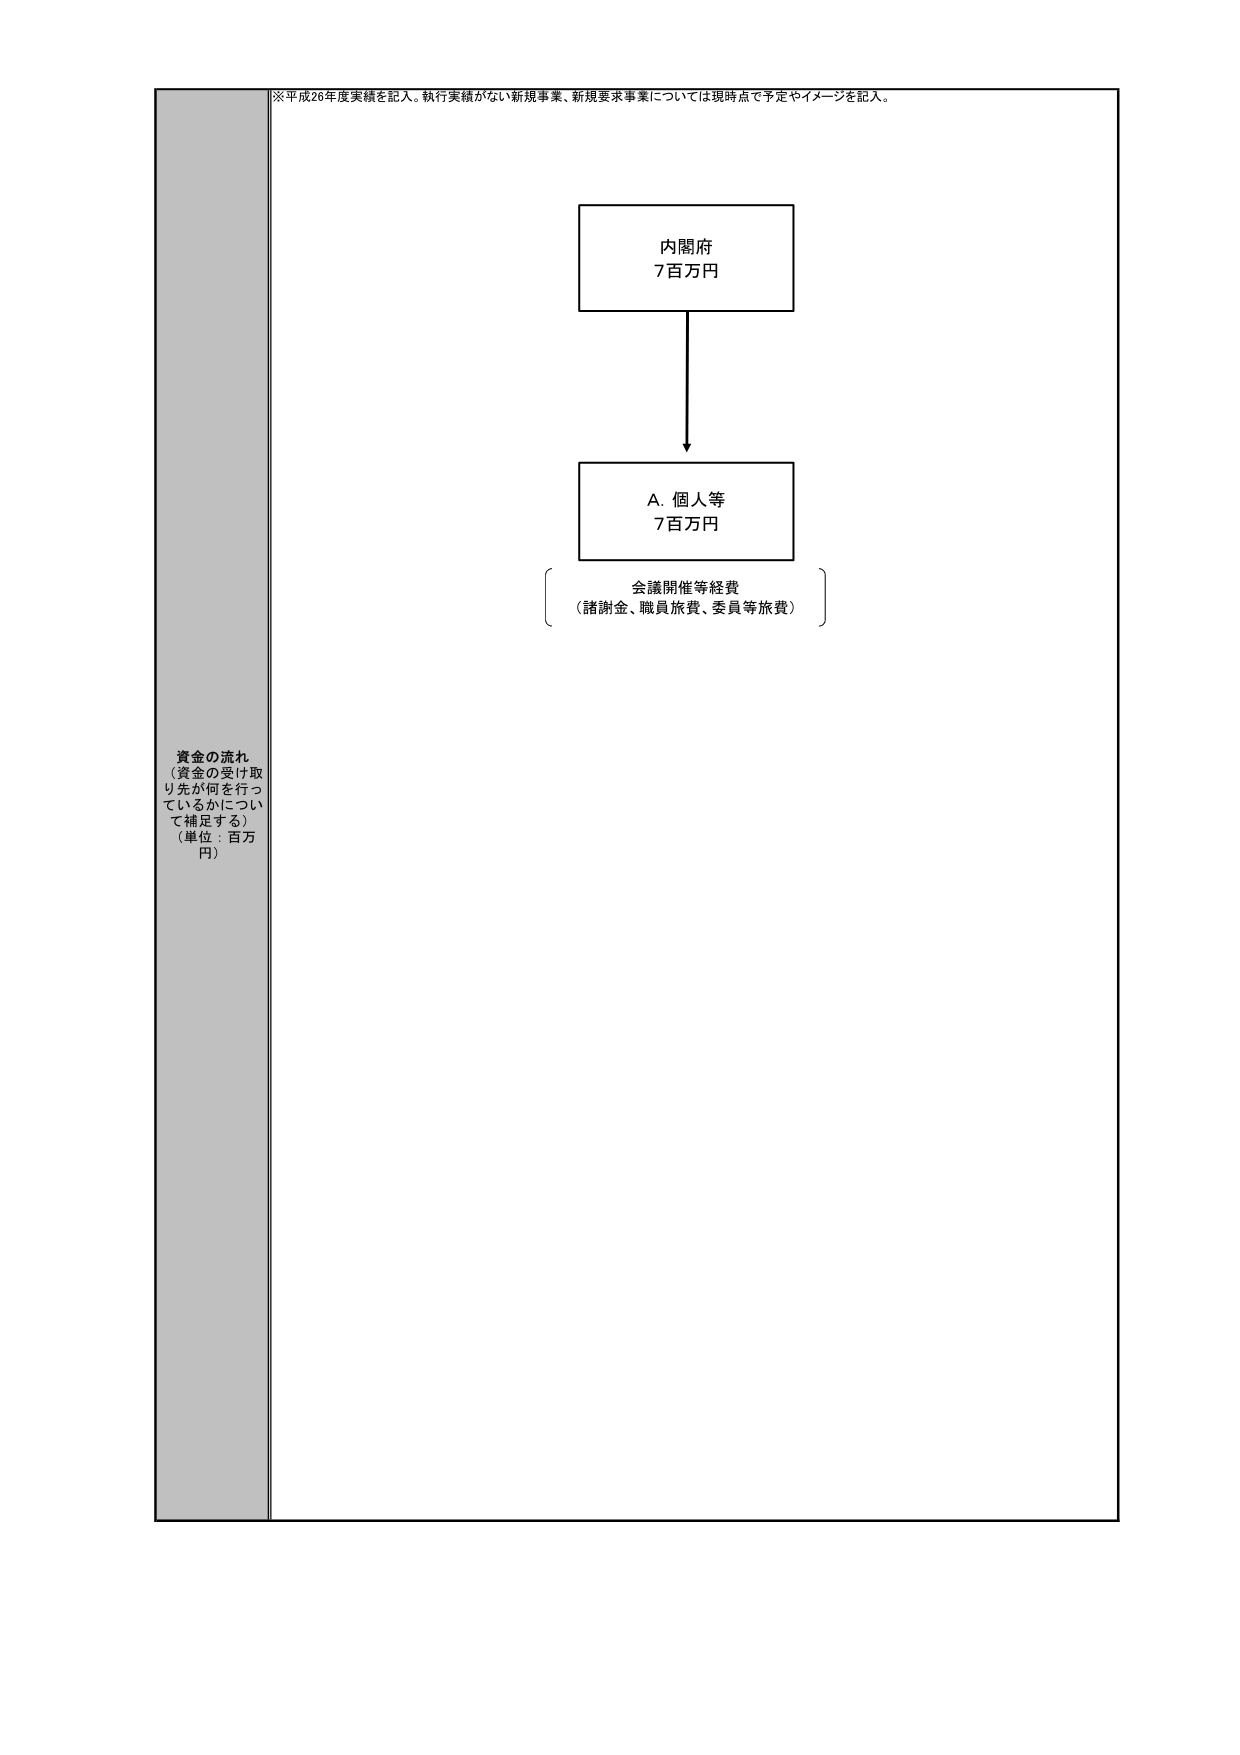
※平成26年度実績を記入。執行実績がない新規事業、新規要求事業については現時点で予定やイメージを記入。

資金の流れ
（資金の受け取り先が何を行っているかについて補足する）
（単位：百万円）

内閣府
7百万円

A. 個人等
7百万円

会議開催等経費
（諸謝金、職員旅費、委員等旅費）